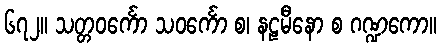
၆၇၂။ သတ္တဝင်္ကော သဝင်္ကော စ၊ နဠမီနော စ ဂဏ္ဍကော။